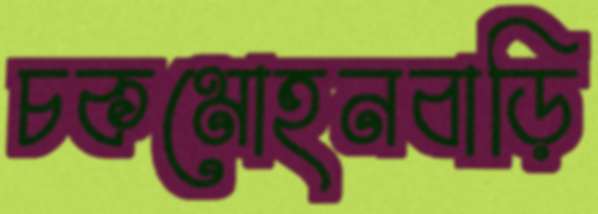
চকমোহনবাড়ি